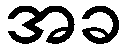
အခ